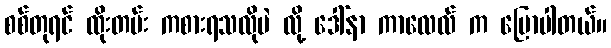
စစ်တုရင် ထိုးတမ်း ကစားရသလိုပဲ လို့ ဒေါ်နာ ကာလေလ် က ပြောပါတယ်။